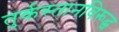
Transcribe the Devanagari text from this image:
तुर्कस्तानविरूद्ध